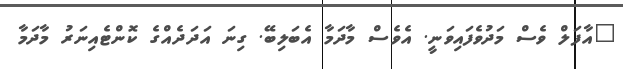
"އާފަލް ވެސް މަދުވެފައިވަނީ. އެވެސް މާދަމާ އެބަލިބޭ. ގިނަ އަދަދެއްގެ ކޮންޓެއިނަރު މާދަމާ